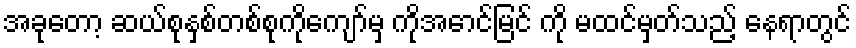
အခုတော့ ဆယ်စုနှစ်တစ်စုကိုကျော်မှ ကိုအောင်မြင် ကို မထင်မှတ်သည့် နေရာတွင်